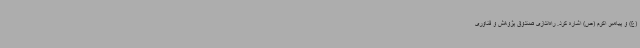
(ع) و پیامبر اکرم (ص) اشاره کرد. راه‌اندازی صندوق پژوهش و فناوری